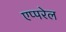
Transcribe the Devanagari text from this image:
एप्परेल